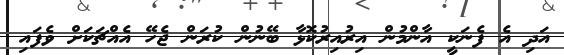
އަދި އެ ފެނަކީ އާންމުން އިރުއިރުކޮޅާ ބޭނުން ކުރަން ޖެހޭ އެއްޗަަކަށް ވެފައި